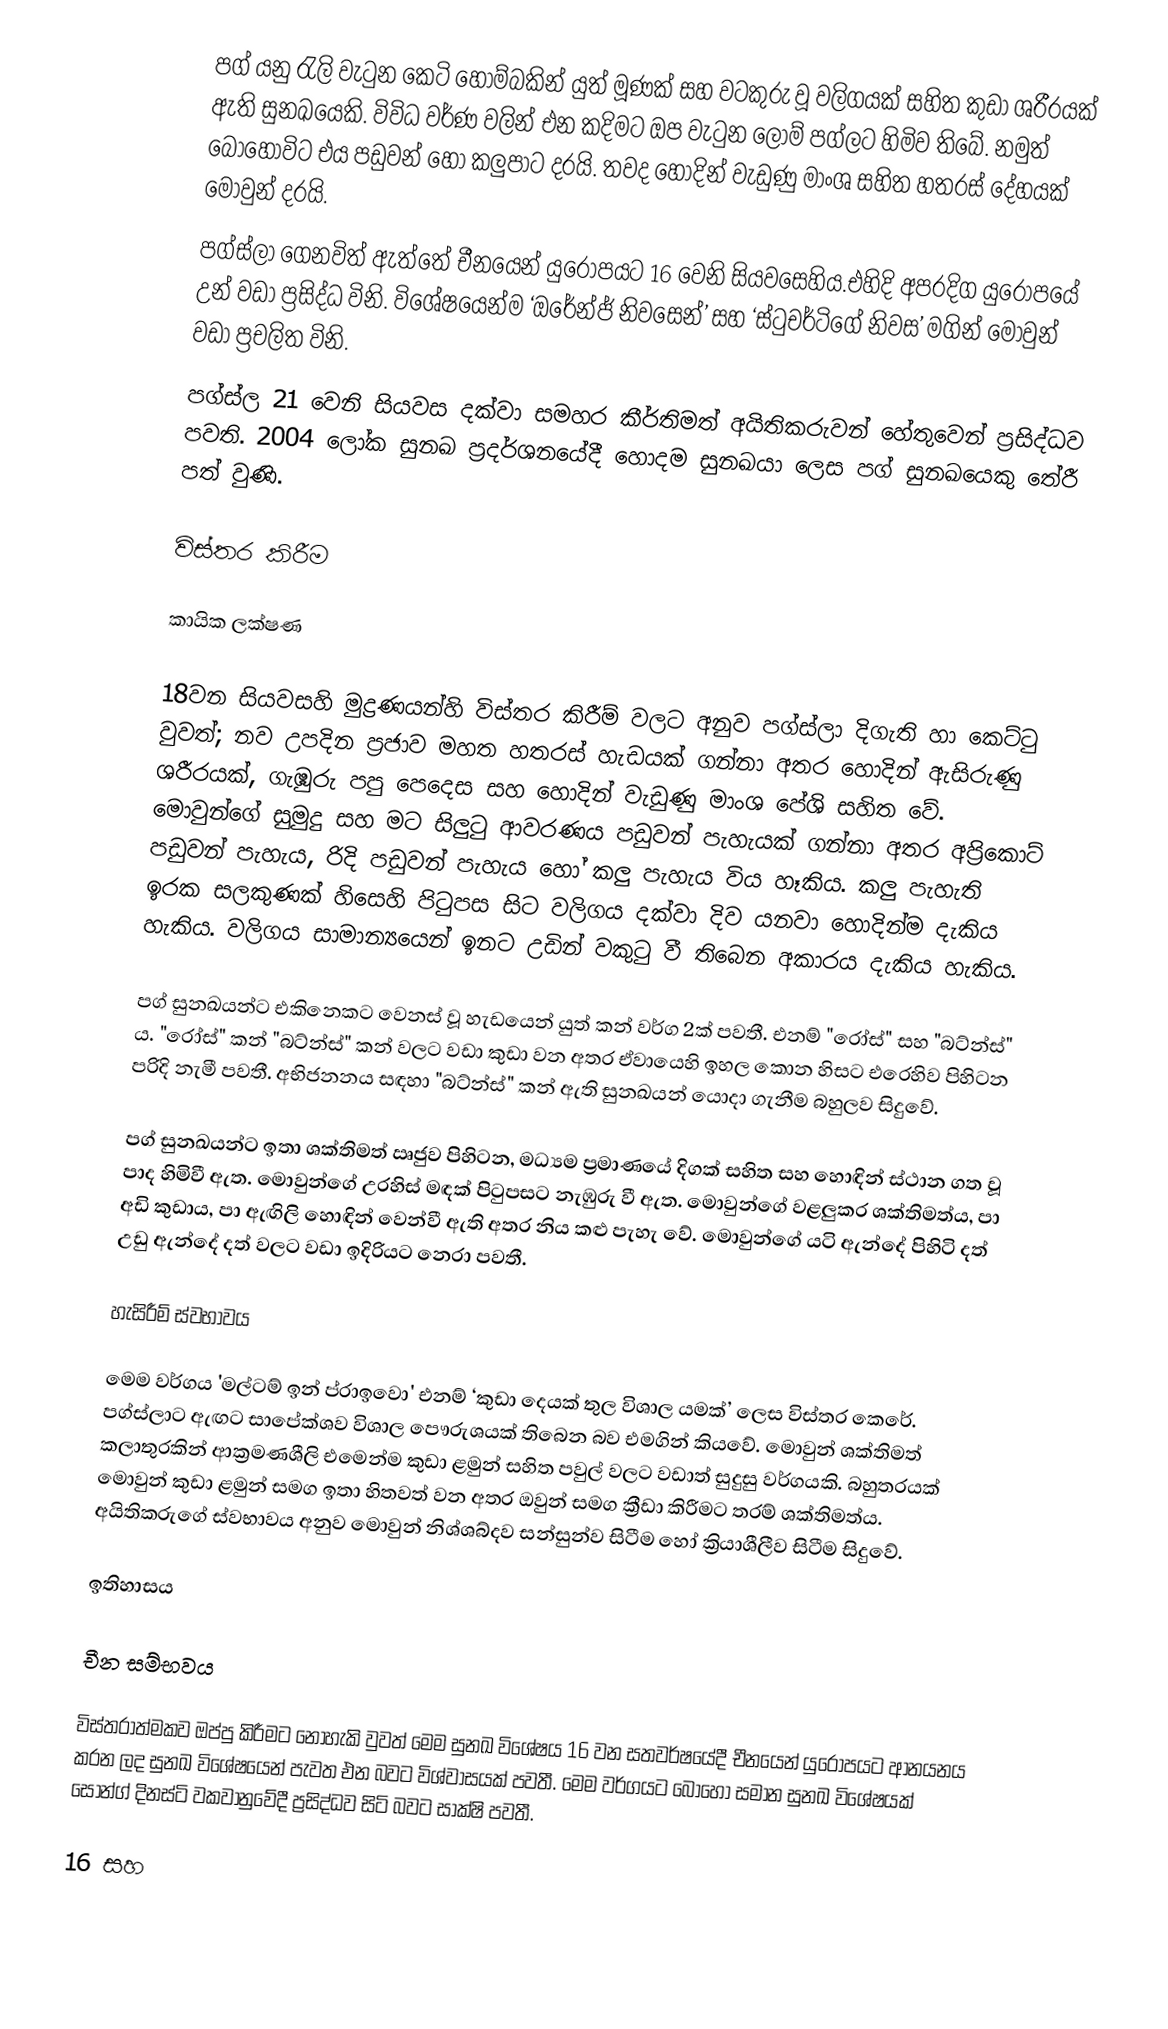
පග් යනු රැලි වැටුන කෙටි හොම්බකින් යුත් මූණක් සහ වටකුරු වූ වලිගයක් සහිත කුඩා ශරීරයක්  ඇති සුනඛයෙකි. විවිධ වර්ණ වලින් එන කදිමට ඔප වැටුන ලොම් පග්ලට හිමිව තිබේ. නමුත් බොහෝවිට එය පඩුවන් හෝ කලුපාට දරයි. තවද හොදින් වැඩුණු මාංශ සහිත හතරස් දේහයක් මොවුන් දරයි.
පග්ස්ලා  ගෙනවිත් ඇත්තේ චීනයෙන් යුරොපයට 16 වෙනි සියවසෙහිය.එහිදි අපරදිග යුරෝපයේ උන් වඩා ප්‍රසිද්ධ විනි. විශේෂයෙන්ම ‘ඔරේන්ජ් නිවසෙන්’ සහ ‘ස්ටුචර්ටිගේ නිවස’ මගින් මොවුන් වඩා ප්‍රචලිත විනි.
පග්ස්ල  21 වෙනි සියවස දක්වා සමහර කීර්තිමත් අයිතිකරුවන් හේතුවෙන් ප්‍රසිද්ධව පවති. 2004 ලෝක සුනඛ ප්‍රදර්ශනයේදී හොදම සුනඛයා ලෙස පග් සුනඛයෙකු තේරී පත් වුණි.

විස්තර කිරීම

කායික ලක්ෂණ

18වන සියවසහි මුද්‍රණයන්හි විස්තර කිරීම් වලට අනුව පග්ස්ලා දිගැති හා කෙට්ටු  වුවත්; නව උපදින ප්‍රජාව මහත හතරස් හැඩයක් ගන්නා අතර හොදින් ඇසිරුණු ශරීරයක්, ගැඹුරු පපු පෙදෙස සහ හොදින් වැඩුණු මාංශ පේශි  සහිත වේ. මොවුන්ගේ සුමුදු සහ මට සිලුටු ආවරණය පඩුවන් පැහැයක් ගන්නා අතර අප්‍රිකොට් පඩුවන් පැහැය, රිදි පඩුවන් පැහැය හෝ කලු පැහැය විය හෑකිය. කලු පැහැති ඉරක සලකුණක් හිසෙහි පිටුපස සිට වලිගය දක්වා දිව යනවා හොදින්ම දැකිය හැකිය. වලිගය සාමාන්‍යයෙන් ඉනට උඩින් වකුටු වී තිබෙන අකාරය දැකිය හැකිය.

පග් සුනඛයන්ට එකිනෙකට වෙනස් වූ හැඩයෙන් යුත්  කන් වර්ග 2ක් පවතී. එනම් "රෝස්" සහ "බට්න්ස්" ය. "රෝස්"  කන් "බට්න්ස්" කන් වලට වඩා කුඩා වන අතර ඒවායෙහි ඉහල කොන හිසට එරෙහිව පිහිටන පරිදි නැමී පවතී. අභිජනනය සඳහා "බට්න්ස්"  කන් ඇති සුනඛයන් යොදා ගැනීම බහුලව සිදුවේ.

පග් සුනඛයන්ට ඉතා ශක්තිමත් ඍජුව පිහිටන, මධ්‍යම ප්‍රමාණයේ දිගක් සහිත සහ හොඳින් ස්ථාන ගත වූ පාද හිමිවී ඇත. මොවුන්ගේ උරහිස් මඳක් පිටුපසට නැඹුරු වී ඇත. මොවුන්ගේ වළලුකර ශක්තිමත්ය, පා  අඩි කුඩාය, පා ඇඟිලි හොඳින් වෙන්වී ඇති අතර නිය කළු පැහැ වේ. මොවුන්ගේ යටි ඇන්දේ පිහිටි දත් උඩු ඇන්දේ දත් වලට වඩා ඉදිරියට නෙරා පවතී.

හැසිරීම් ස්වභාවය

මෙම වර්ගය 'මල්ටම් ඉන් ප්රාඉවො'  එනම් ‘කුඩා දෙයක් තුල විශාල යමක්’ ලෙස විස්තර කෙරේ. පග්ස්ලාට ඇඟට සාපේක්ශව   විශාල පෞරුශයක් තිබෙන බව එමගින් කියවේ. මොවුන් ශක්තිමත් කලාතුරකින් ආක්‍රමණශීලි එමෙන්ම කුඩා ළමුන් සහිත පවුල් වලට වඩාත් සුදුසු වර්ගයකි. බහුතරයක් මොවුන් කුඩා ළමුන් සමග ඉතා හිතවත් වන අතර ඔවුන් සමග ක්‍රීඩා කිරීමට තරම් ශක්තිමත්ය. අයිතිකරුගේ ස්වභාවය අනුව මොවුන් නිශ්ශබ්දව සන්සුන්ව සිටීම හෝ ක්‍රියාශීලීව සිටීම සිදුවේ.

ඉතිහාසය

චීන සම්භවය

විස්තරාත්මකව ඔප්පු කිරීමට නොහැකි වුවත් මෙම සුනඛ විශේෂය 16 වන සතවර්ෂයේදී චීනයෙන් යුරෝපයට ආනයනය කරන ලද සුනඛ විශේෂයෙන් පැවත එන බවට විශ්වාසයක් පවතී. මෙම වර්ගයට බොහෝ සමාන සුනඛ විශේෂයක් සෝන්ග් දිනස්ටි වකවානුවේදී ප්‍රසිද්ධව සිටි බවට සාක්ෂි පවතී.

16 සහ